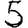
Digit: 5